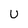
Character: U